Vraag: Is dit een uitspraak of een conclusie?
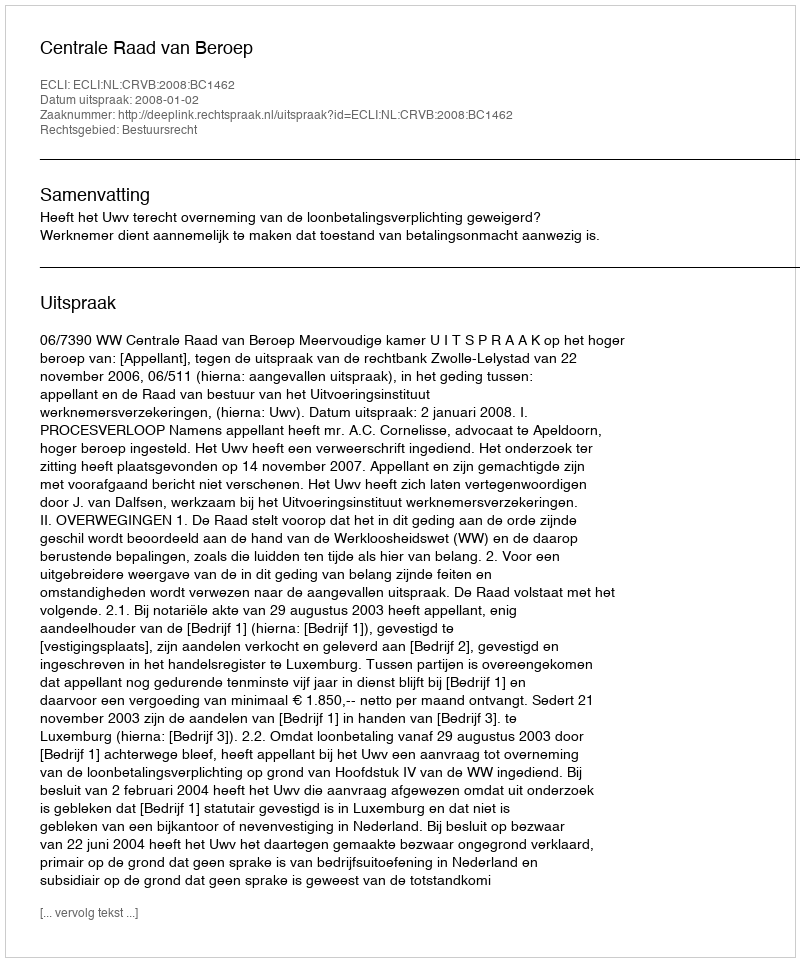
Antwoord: Uitspraak